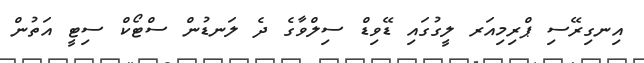
އިނގިރޭސި ޕްރިމިއަރ ލީގުގައި ޑޭވިޑް ސިލްވާގެ ދެ ލަނޑުން ސްޓޯކް ސިޓީ އަތުން